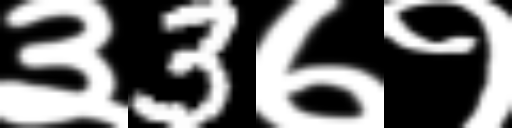
Text: ३3७१